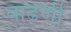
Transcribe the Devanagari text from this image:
वाढणी